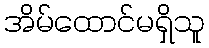
အိမ်ထောင်မရှိသူ